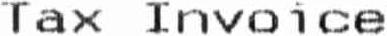
TAX INVOICE